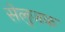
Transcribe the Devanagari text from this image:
सेलुजक